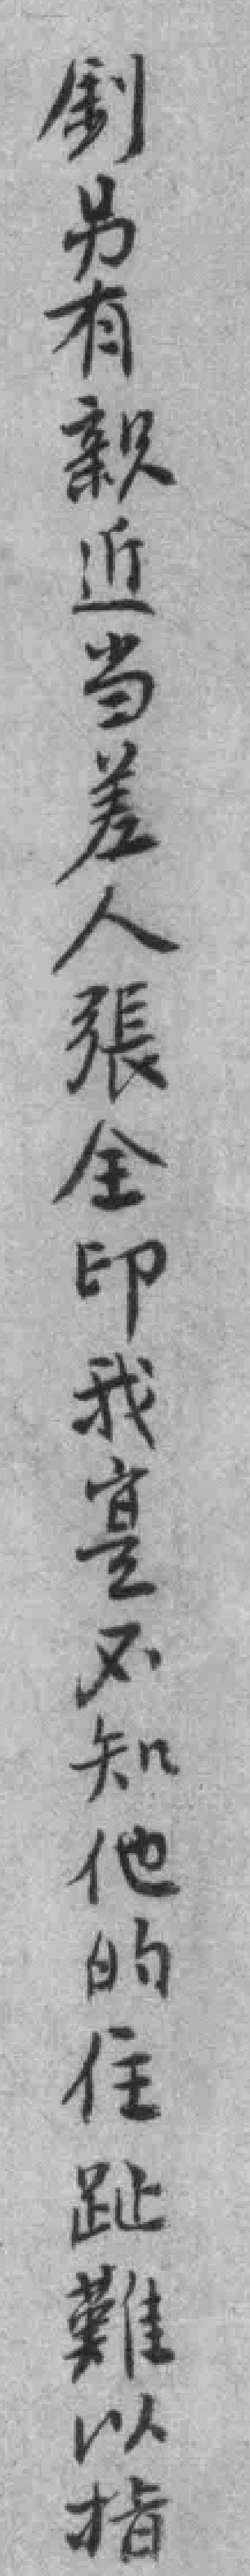
釗另有親近当差人張全印我寔不知他的住趾難以指